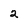
Character: 2